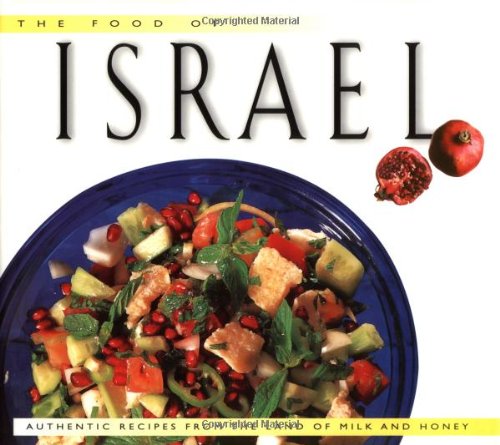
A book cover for The Food of Israel: Authentic Recipes from the Land of Milk and Honey (Food of the World Cookbooks); Sherry Ansky; Cookbooks, Food & Wine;